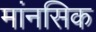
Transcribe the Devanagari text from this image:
मांनसिक